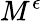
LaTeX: M^{\epsilon}